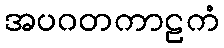
အပဂတကာဠကံ